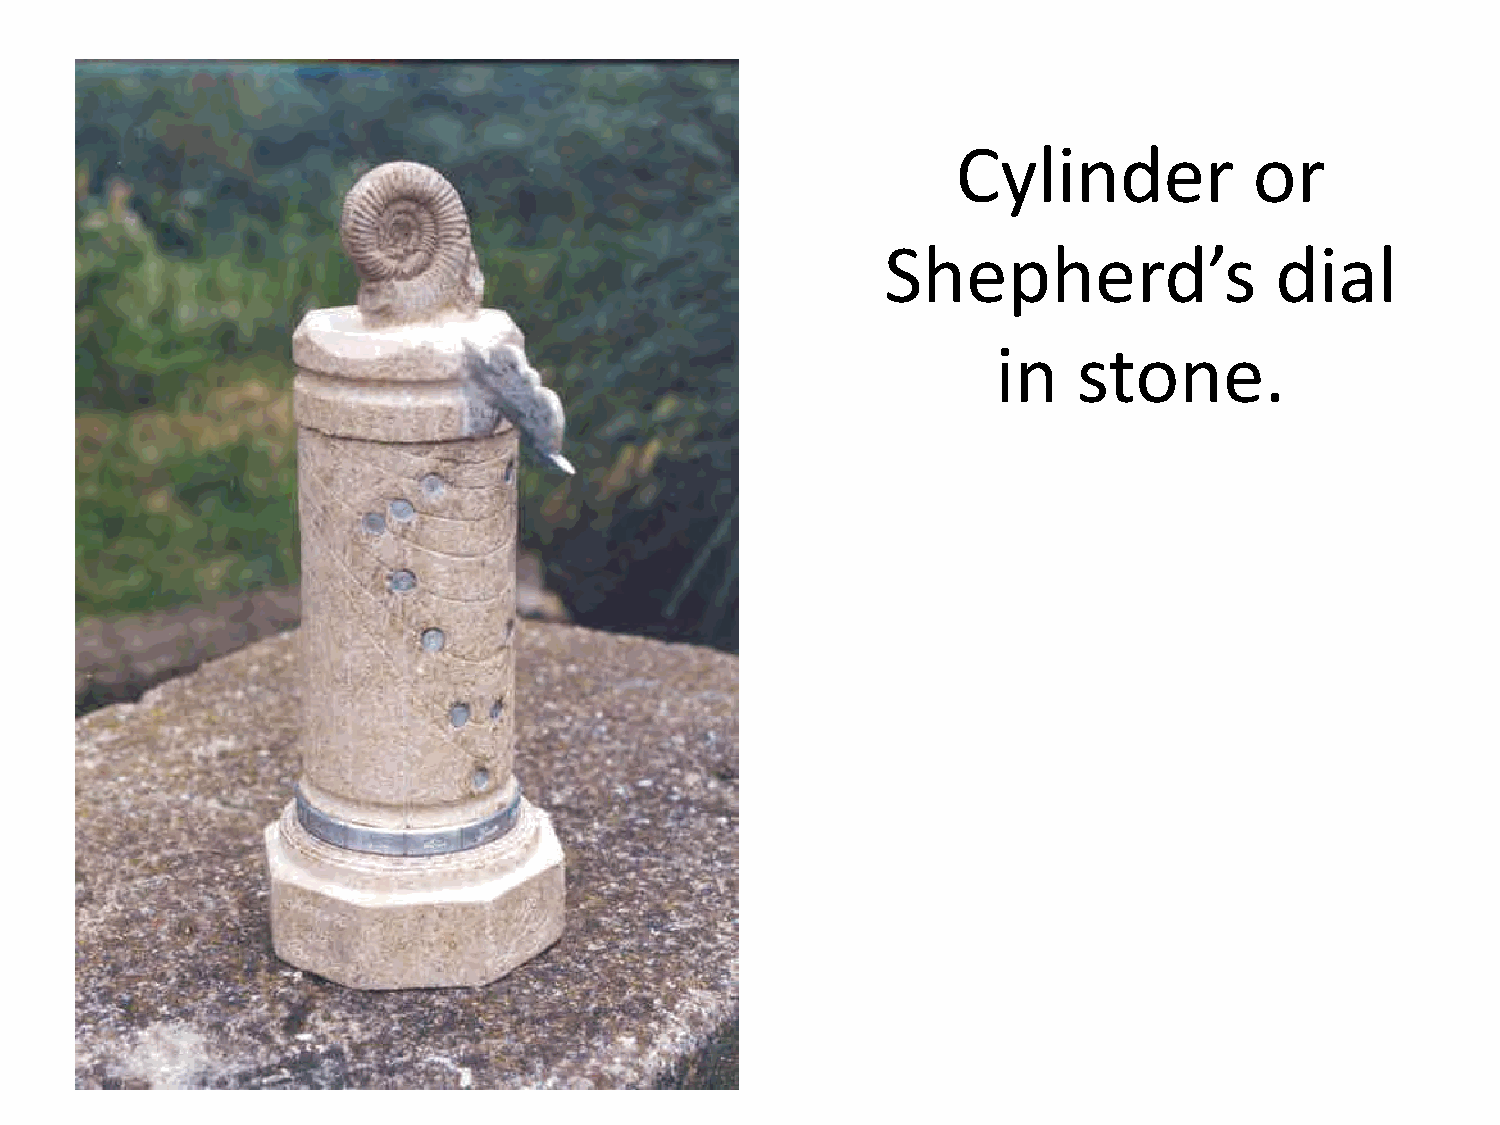
Cylinder            or
 Shepherd’s               dial
 in   stone.